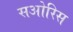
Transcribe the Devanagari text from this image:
सओरिस